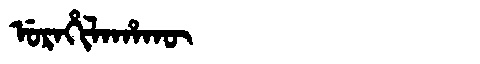
Manchu: ᡠᡵᠠᡥᡳᠯᠠᡥᠠᡴᡡ
Romanization: URAHILAHAKŪ